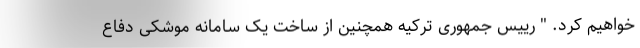
خواهیم کرد. " رییس جمهوری ترکیه همچنین از ساخت یک سامانه موشکی دفاع